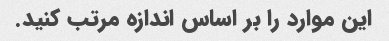
این موارد را بر اساس اندازه مرتب کنید.